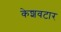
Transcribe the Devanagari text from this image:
केशवटार